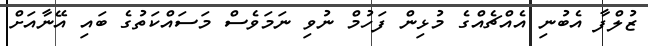
ޒުލްފާ އެބުނި އެއްޗެއްގެ މުޅިން ފަހުމް ނުވި ނަމަވެސް މަސައްކަތުގެ ބައި އޭނާއަށް